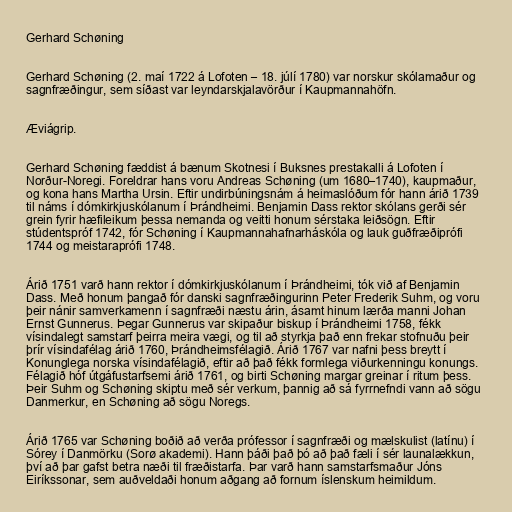
Gerhard Schøning

Gerhard Schøning (2. maí 1722 á Lofoten – 18. júlí 1780) var norskur skólamaður og
sagnfræðingur, sem síðast var leyndarskjalavörður í Kaupmannahöfn.

Æviágrip.

Gerhard Schøning fæddist á bænum Skotnesi í Buksnes prestakalli á Lofoten í
Norður-Noregi. Foreldrar hans voru Andreas Schøning (um 1680–1740), kaupmaður,
og kona hans Martha Ursin. Eftir undirbúningsnám á heimaslóðum fór hann árið 1739
til náms í dómkirkjuskólanum í Þrándheimi. Benjamin Dass rektor skólans gerði sér
grein fyrir hæfileikum þessa nemanda og veitti honum sérstaka leiðsögn. Eftir
stúdentspróf 1742, fór Schøning í Kaupmannahafnarháskóla og lauk guðfræðiprófi
1744 og meistaraprófi 1748.

Árið 1751 varð hann rektor í dómkirkjuskólanum í Þrándheimi, tók við af Benjamin
Dass. Með honum þangað fór danski sagnfræðingurinn Peter Frederik Suhm, og voru
þeir nánir samverkamenn í sagnfræði næstu árin, ásamt hinum lærða manni Johan
Ernst Gunnerus. Þegar Gunnerus var skipaður biskup í Þrándheimi 1758, fékk
vísindalegt samstarf þeirra meira vægi, og til að styrkja það enn frekar stofnuðu þeir
þrír vísindafélag árið 1760, Þrándheimsfélagið. Árið 1767 var nafni þess breytt í
Konunglega norska vísindafélagið, eftir að það fékk formlega viðurkenningu konungs.
Félagið hóf útgáfustarfsemi árið 1761, og birti Schøning margar greinar í ritum þess.
Þeir Suhm og Schøning skiptu með sér verkum, þannig að sá fyrrnefndi vann að sögu
Danmerkur, en Schøning að sögu Noregs.

Árið 1765 var Schøning boðið að verða prófessor í sagnfræði og mælskulist (latínu) í
Sórey í Danmörku (Sorø akademi). Hann þáði það þó að það fæli í sér launalækkun,
því að þar gafst betra næði til fræðistarfa. Þar varð hann samstarfsmaður Jóns
Eiríkssonar, sem auðveldaði honum aðgang að fornum íslenskum heimildum.